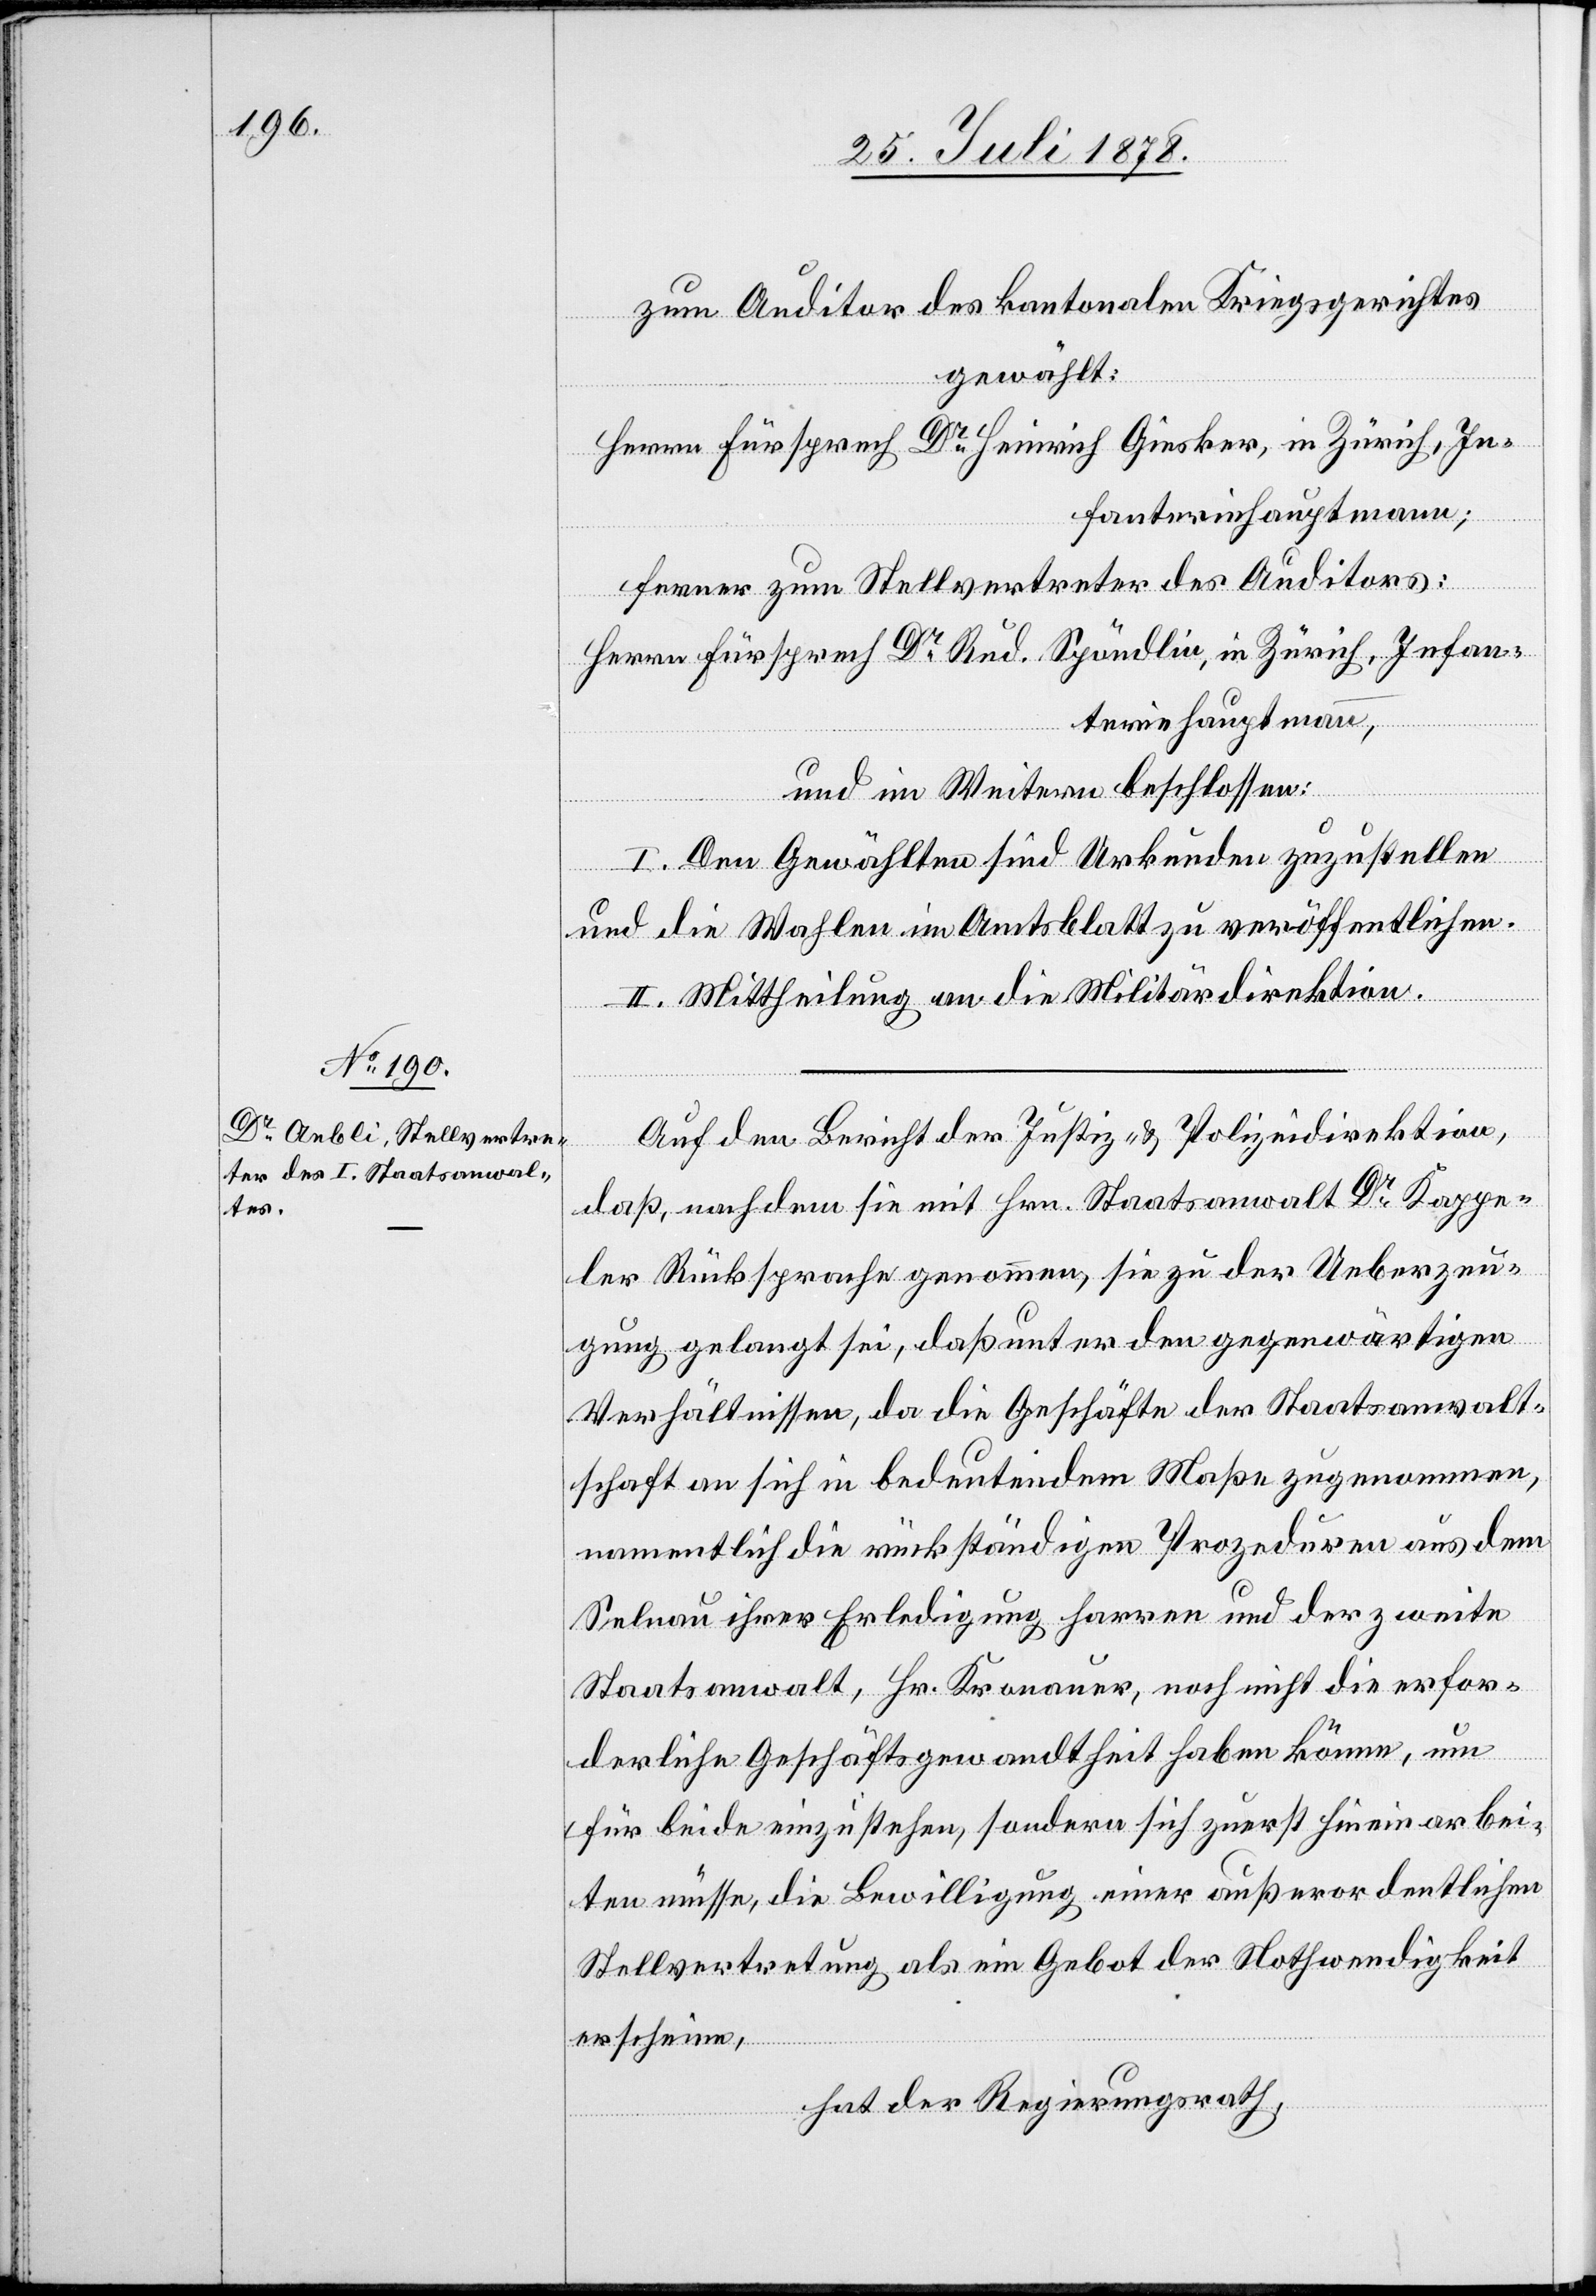
zum Auditor des kantonalen Kriegsgerichtes
gewählt:
Herrn Fürsprech Dr Heinrich Giesker, in Zürich, In¬
fanteriehauptmann;
ferner zum Stellvertreter des Auditors:
Herrn Fürsprech Dr Rud. Spöndlin, in Zürich, Infan¬
teriehauptmann,
und im Weitern beschlossen:
I. Den Gewählten sind Urkunden zuzustellen
und die Wahlen im Amtsblatt zu veröffentlichen.
II. Mittheilung an die Militärdirektion.
Auf den Bericht der Justiz- & Polizeidirektion,
daß nachdem sie mit Hrn. Staatsanwalt Dr Kappe¬
ler Rücksprache genommen, sie zu der Ueberzeu¬
gung gelangt sei, daß unter den gegenwärtigen
Verhältnissen, da die Geschäfte der Staatsanwalt¬
schaft an sich in bedeutendem Maße zugenommen,
namentlich die rückständigen Prozeduren aus dem
Selnau ihrer Erledigung harren und der zweite
Staatsanwalt, Hr. Kronauer, noch nicht die erfor¬
derliche Geschäftsgewandtheit haben könne, um
für beide einzustehen, sondern sich zuerst hinein arbei¬
ten müsse, die Bewilligung einer außerordentlichen
Stellvertretung als ein Gebot der Nothwendigkeit
erscheine,
hat der Regierungsrath,